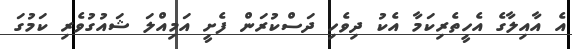
އެ އާއިލާގެ އެހީތެރިކަމާ އެކު ދިވެހި ދަސްކުރަން ފެށީ އަމިއްލަ ޝައުގުވެރި ކަމުގަ